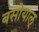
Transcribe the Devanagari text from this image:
बसोयाल्